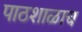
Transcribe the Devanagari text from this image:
पाठशाळाच